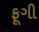
ફૂગી